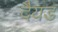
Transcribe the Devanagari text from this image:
दैयड